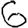
Digit: 6